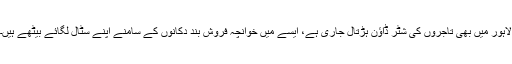
لاہور میں بھی تاجروں کی شٹر ڈاؤن ہڑتال جاری ہے، ایسے میں خوانچہ فروش بند دکانوں کے سامنے اپنے سٹال لگائے بیٹھے ہیں۔